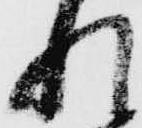
れ